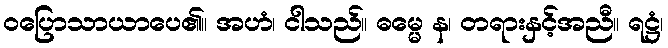
ဝပြောသာယာပေ၏။ အဟံ၊ ငါသည်။ ဓမ္မေ န၊ တရားနှင့်အညီ။ ရဋ္ဌံ၊